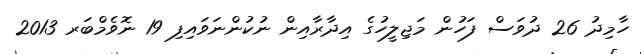
ހާމިދު 26 ދުވަސް ފަހުން މަޖިލީހުގެ އިދާރާއިން ނުކުންނަވައިފި 19 ނޮވެމްބަރ 2013